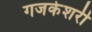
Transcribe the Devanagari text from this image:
गजकेशरी